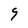
Character: 9